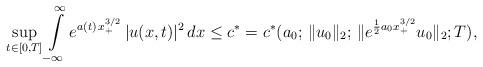
LaTeX: \begin{align*}\underset{t\in[0,T]}{\sup} \int\limits_{-\infty}^{\infty} e^{a(t)\,x_{+}^{3/2}}\, |u(x,t)|^2\,dx \le c^{*}=c^{*}(a_0;\,\|u_0\|_2;\,\|e^{\frac12a_0x_{+}^{3/2}}u_0\|_2; T),\end{align*}